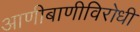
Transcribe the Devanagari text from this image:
आणीबाणीविरोधी